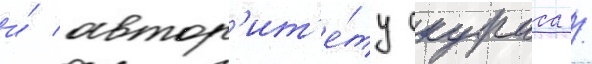
и́ автор'ит'е́ту скураса /